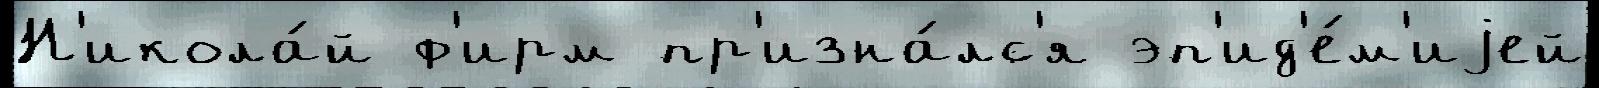
Н'икола́й ф'ирм пр'изна́лс'я эп'ид'е́м'иjей